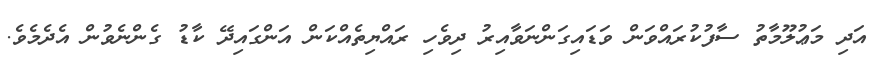
އަދި މަޢުލޫމާތު ސާފުކުރައްވަން ވަޑައިގަންނަވާއިރު ދިވެހި ރައްޔިތެއްކަން އަންގައިދޭ ކާޑު ގެންނެވުން އެދެމެވެ.